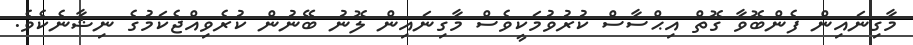
މާގިނައިން ފެންބޮވާ ގޮތް އިޙްސާސް ކުރުވުމަކީވެސް މާގިނައިން ލޮނު ބޭނުން ކުރެވިއްޖެކަމުގެ ނިޝާނެކެވެ.